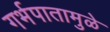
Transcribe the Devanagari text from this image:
गर्भपातामुळे